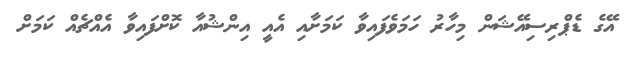
އޭގެ ޑެޕްރިސިއޭޝަން މިހާރު ހަމަވެފައިވާ ކަމަށާއި އެއީ އިންޝުއާ ކޮށްފައިވާ އެއްޗެއް ކަމަށް